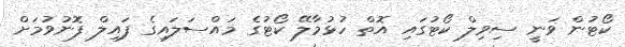
ކޯޓުން ވަނީ ސިވިލް ކޯޓުގައި އޮތް ހުޅުމާލޭ ކޯޓުގެ މައްސަލައިގެ ފައިލް ފޮނުވުމަށް